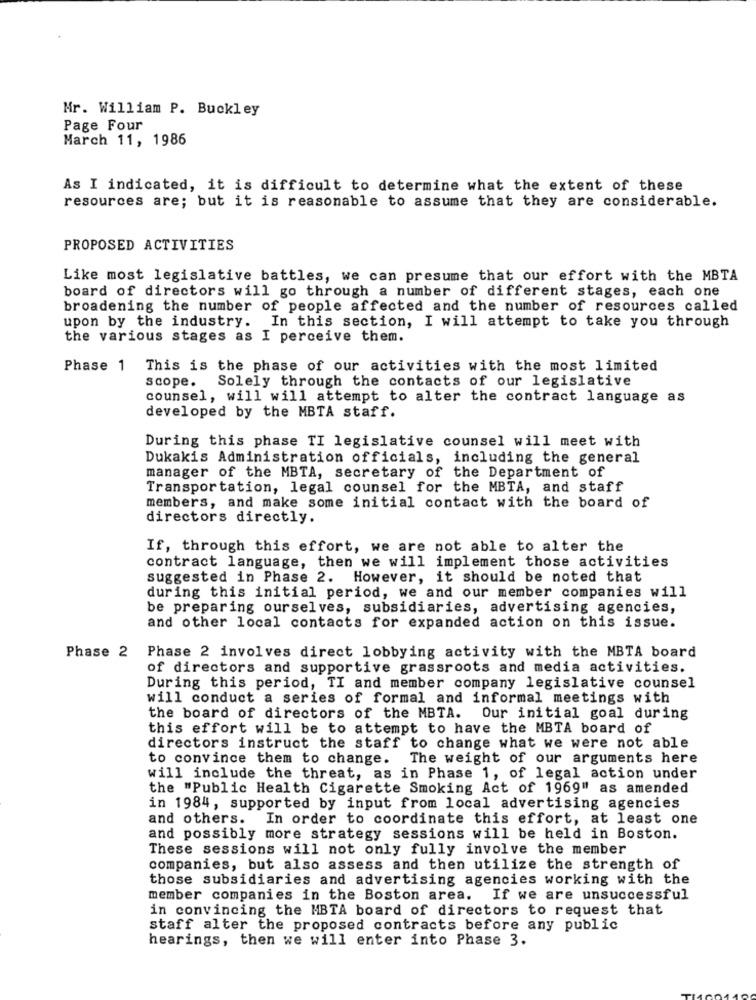
Mr. William P. Buckley
Page Four
March 11, 1986
As I indicated, it is difficult to determine what the extent of these
resources are; but it is reasonable to assume that they are considerable.
PROPOSED ACTIVITIES
Like most legislative battles, we can presume that our effort with the MBTA
board of directors will go through a number of different stages, each one
broadening the number of people affected and the number of resources called
upon by the industry. In this section, I will attempt to take you through
the various stages as I perceive them.
Phase 1 This is the phase of our activities with the most limited
scope. Solely through the contacts of our legislative
counsel, will will attempt to alter the contract language as
developed by the MBTA staff.
During this phase TI legislative counsel will meet with
Dukakis Administration officials, including the general
manager of the MBTA, secretary of the Department of
Transportation, legal counsel for the MBTA, and staff
members, and make some initial contact with the board of
directors directly.
If, through this effort, we are not able to alter the
contract language, then we will implement those activities
suggested in Phase 2. However, it should be noted that
during this initial period, we and our member companies will
be preparing ourselves, subsidiaries, advertising agencies,
and other local contacts for expanded action on this issue.
Phase 2 Phase 2 involves direct lobbying activity with the MBTA board
of directors and supportive grassroots and media activities.
During this period, TI and member company legislative counsel
will conduct a series of formal and informal meetings with
the board of directors of the MBTA. Our initial goal during
this effort will be to attempt to have the MBTA board of
directors instruct the staff to change what we were not able
to convince them to change. The weight of our arguments here
will include the threat, as in Phase 1, of legal action under
the "Public Health Cigarette Smoking Act of 1969" as amended
in 1984, supported by input from local advertising agencies
and others. In order to coordinate this effort, at least one
and possibly more strategy sessions will be held in Boston.
These sessions will not only fully involve the member
companies, but also assess and then utilize the strength of
those subsidiaries and advertising agencies working with the
member companies in the Boston area. If we are unsuccessful
in convincing the MBTA board of directors to request that
staff alter the proposed contracts before any public
hearings, then we will enter into Phase 3.